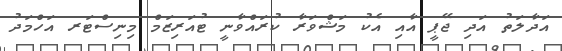
އަދާލަތު އަދި ޖޭޕީ އާއި އެކު މަޝްވަރާ ކުރައްވާނީ ޓުއަރިޒަމް މިނިސްޓަރ އަހްމަދު